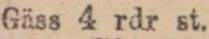
Gäss 4 rdr st.